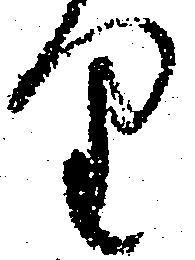
り